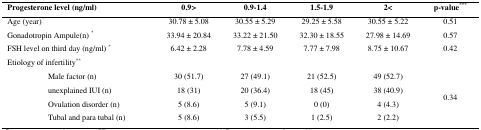
<table><thead><tr><td colspan="2"><b>Progesterone level (ng/ml)</b></td><td><b>0.9&gt;</b></td><td><b>0.9-1.4</b></td><td><b>1.5-1.9</b></td><td><b>2&lt;</b></td><td><b>p-value<sup>***</sup></b></td></tr></thead><tbody><tr><td colspan="2">Age (year)*</td><td>30.78 ± 5.08</td><td>30.55 ± 5.29</td><td>29.25 ± 5.58</td><td>30.55 ± 5.22</td><td>0.51</td></tr><tr><td colspan="2">Gonadotropin Ampule(n) *</td><td>33.94 ± 20.84</td><td>33.22 ± 21.50</td><td>32.30 ± 18.55</td><td>27.98 ± 14.69</td><td>0.57</td></tr><tr><td colspan="2">FSH level on third day (ng/ml) *</td><td>6.42 ± 2.28</td><td>7.78 ± 4.59</td><td>7.77 ± 7.98</td><td>8.75 ± 10.67</td><td>0.42</td></tr><tr><td colspan="7">Etiology of infertility**</td></tr><tr><td rowspan="4"></td><td>Male factor (n)</td><td>30 (51.7)</td><td>27 (49.1)</td><td>21 (52.5)</td><td>49 (52.7)</td><td rowspan="4">0.34</td></tr><tr><td>unexplained IUI (n)</td><td>18 (31)</td><td>20 (36.4)</td><td>18 (45)</td><td>38 (40.9)</td></tr><tr><td>Ovulation disorder (n)</td><td>5 (8.6)</td><td>5 (9.1)</td><td>0 (0)</td><td>4 (4.3)</td></tr><tr><td>Tubal and para tubal (n)</td><td>5 (8.6)</td><td>3 (5.5)</td><td>1 (2.5)</td><td>2 (2.2)</td></tr></tbody></table>